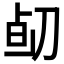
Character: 𠝅